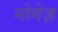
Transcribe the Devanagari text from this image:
नोगेज़